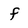
Character: f